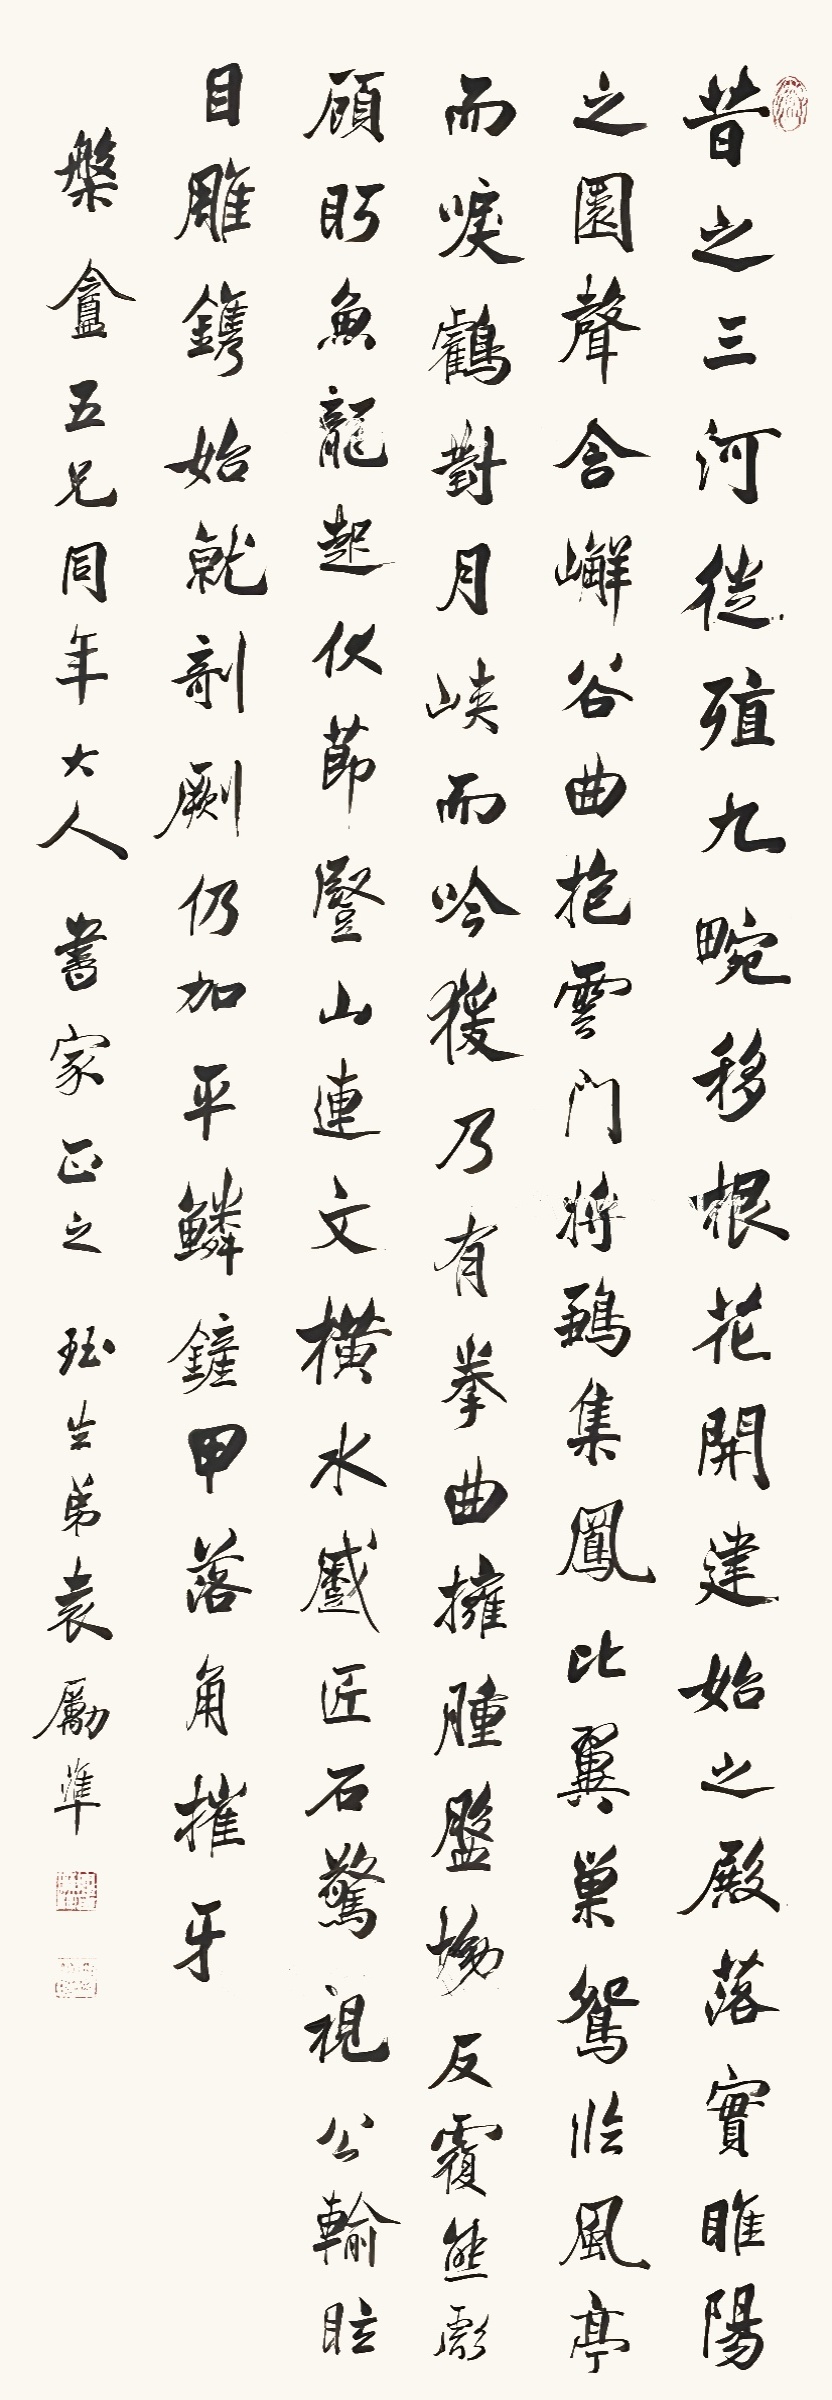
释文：昔之三河徙殖，九畹移根；开花建始之殿，落实睢阳之园。声含嶰谷，曲抱云门；将雏集凤，比翼巢鸳。临风亭而唳鹤，对月峡而吟猨。乃有拳曲拥肿，盘坳反复；熊彪顾盼，鱼龙起伏；节竖山连，文横水蹙。匠石惊视，公输眩目。雕镌始就，剞劂仍加；平鳞铲甲，落角摧牙。盘盦五兄同年大人书家正之。珏生弟袁励准。